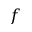
f